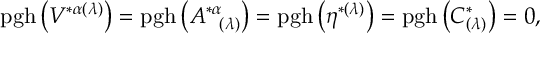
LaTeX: \mathrm { p g h } \left( V ^ { * \alpha ( \lambda ) } \right) = \mathrm { p g h } \left( A _ { \; \; \; ( \lambda ) } ^ { * \alpha } \right) = \mathrm { p g h } \left( \eta ^ { * ( \lambda ) } \right) = \mathrm { p g h } \left( C _ { ( \lambda ) } ^ { * } \right) = 0 ,